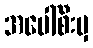
အပေါ်စီးမှ